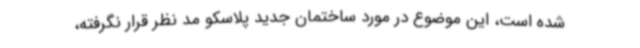
شده است، این موضوع در مورد ساختمان جدید پلاسکو مد نظر قرار نگرفته،